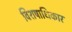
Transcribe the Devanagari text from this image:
विशषाधिकार